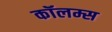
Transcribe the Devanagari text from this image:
कॉलम्स